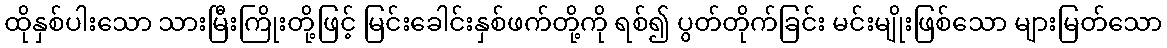
ထိုနှစ်ပါးသော သားမြီးကြိုးတို့ဖြင့် မြင်းခေါင်းနှစ်ဖက်တို့ကို ရစ်၍ ပွတ်တိုက်ခြင်း မင်းမျိုးဖြစ်သော များမြတ်သော